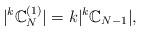
LaTeX: \begin{align*}|^k\mathbb{C}_N^{(1)}|=k|^k\mathbb{C}_{N-1}|,\end{align*}